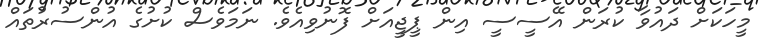
މީހަކަށް ދައުވާ ކުރަން އޭސީސީ އިން ޕީޖީއަށް ފޮނުވިއެވެ. ނަމަވެސް ކުށުގެ އުންސުރުތައް